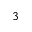
^ 3